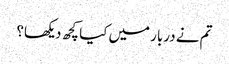
تم نے دربار میں کیا کچھ دیکھا؟